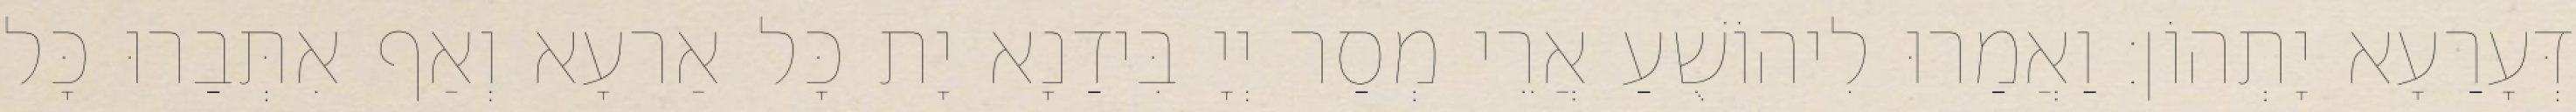
דְּעָרַעָא יָתְהוֹן׃ וַאֲמַרוּ לִיהוֹשֻׁעַ אֲרֵי מְסַר יְיָ בִּידַנָא יָת כָּל אַרעָא וְאַף אִתְּבַרוּ כָּל